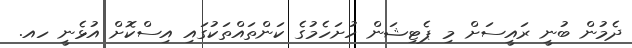
ދެމުން ބުނީ ރައީސަށް މި ޕެޓިޝަން ހުށަހެމުގެ ކަންތައްތަކުގައި އިސްކޮށް އުޅެނީ ހއ.